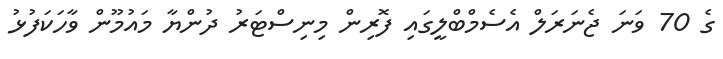
ގެ 70 ވަނަ ޖެނަރަލް އެސެމްބްލީގައި ފޮރިން މިނިސްޓަރު ދުންޔާ މައުމޫން ވާހަކަފުޅު